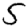
Digit: 5